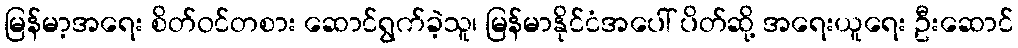
မြန်မာ့အရေး စိတ်ဝင်တစား ဆောင်ရွက်ခဲ့သူ၊ မြန်မာနိုင်ငံအပေါ် ပိတ်ဆို့ အရေးယူရေး ဦးဆောင်